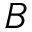
B